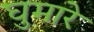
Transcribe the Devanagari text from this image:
घुमारे